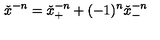
{ \check { x } } ^ { - n } = { \check { x } } _ { + } ^ { - n } + ( - 1 ) ^ { n } { \check { x } } _ { - } ^ { - n }